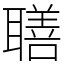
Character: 𦗢